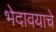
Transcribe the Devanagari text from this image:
भेदावयाचे